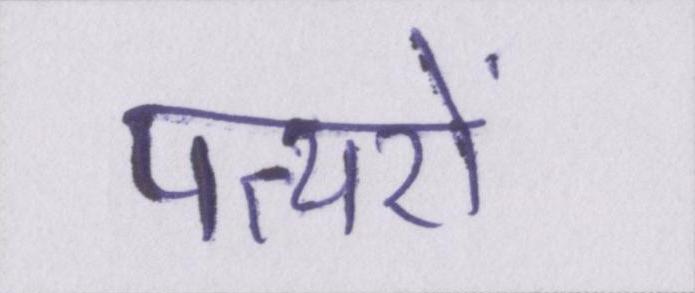
पत्थरों